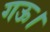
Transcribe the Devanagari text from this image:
गऊ।